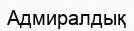
Адмиралдық